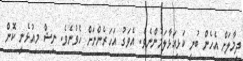
ދިމާލަށް އެހެން ބުނީ ކަޅިއަޅާލަމުންނެވެ. އެވަގު އަހަރެންނަށް ހެވުނެވެ. ނިޝް މިއުޅެނީ ކޮން